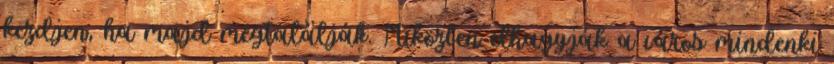
kezdjen, ha majd megtalálják. Miközben elhagyják a város mindenki